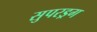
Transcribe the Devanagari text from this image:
सुपरड्रग